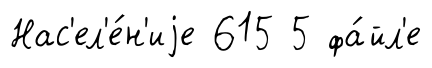
Нас'ел'е́н'иjе 615 5 фа́йл'е